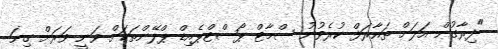
"ދިރާގުން އަލަށް ތައާރަފް ކުރެވުނު ސްމާޓް ޕޯސްޓްޕެއިޑް ޕްލޭންތަކަށް ވަނީ ވަރަށް ގިނަ